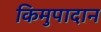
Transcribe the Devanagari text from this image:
किमुपादान